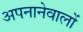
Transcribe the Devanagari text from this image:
अपनानेवालों